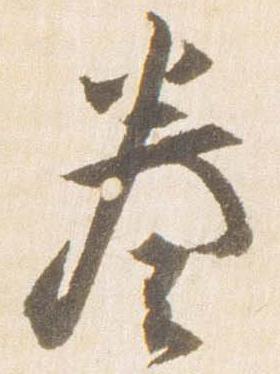
奏